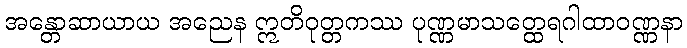
အန္တောဆာယာယ အညေန ဣတိဝုတ္တကဿ ပုဏ္ဏမာသတ္ထေရဂါထာဝဏ္ဏနာ